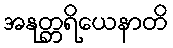
အနုတ္တရိယေနာတိ